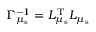
\Gamma _ { \mu _ { \mathrm { s } } } ^ { - 1 } = L _ { \mu _ { \mathrm { s } } } ^ { \mathrm { T } } L _ { \mu _ { \mathrm { s } } }